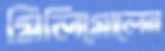
মিলিমোলের